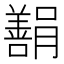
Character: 𬙿